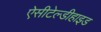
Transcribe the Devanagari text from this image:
ऐसीटेल्डीहाइड